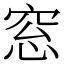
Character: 窓